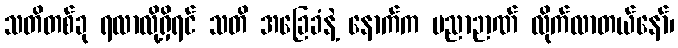
သတိတစ်ခု ရလာလို့ရှိရင် သတိ အခြေခံနဲ့ နောက်က ပညာဉာဏ် လိုက်လာတယ်နော်၊